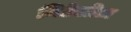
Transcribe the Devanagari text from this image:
निटेलीज़